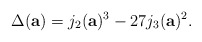
\begin{align*}\Delta (\mathbf{a}) = j_2(\mathbf{a})^3 - 27 j_3(\mathbf{a})^2.\end{align*}